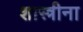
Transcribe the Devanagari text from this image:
शास्त्रीना